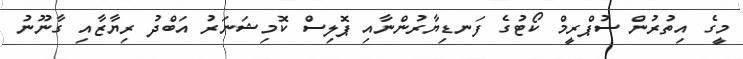
މީގެ އިތުރުން ސުޕްރީމް ކޯޓުގެ ފަނޑިޔާރުންނާއި ޕޮލިސް ކޮމިޝަނަރު އަބްދު ރިޔާޒާއި ގާނޫނު